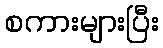
စကားများပြီး